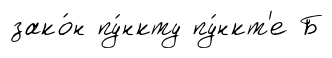
зако́н пу́нкту пу́нкт'е Б